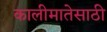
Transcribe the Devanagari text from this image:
कालीमातेसाठी